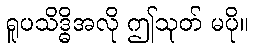
ရူပသိဒ္ဓိအလို ဤသုတ် မပို။